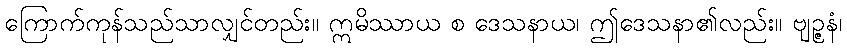
ကြောက်ကုန်သည်သာလျှင်တည်း။ ဣမိဿာယ စ ဒေသနာယ၊ ဤဒေသနာ၏လည်း။ ဗျဉ္ဇနံ၊